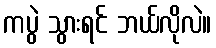
ကပွဲ သွားရင် ဘယ်လိုလဲ။